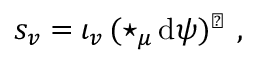
s _ { v } = \iota _ { v } \, ( \star _ { \mu } \, \mathrm { d } \psi ) ^ { \flat } \ ,